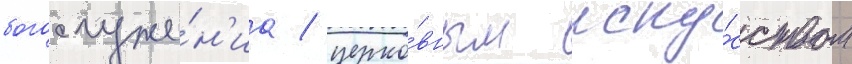
богослуже́н'иа / церко́вным иску́сством